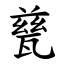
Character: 甆